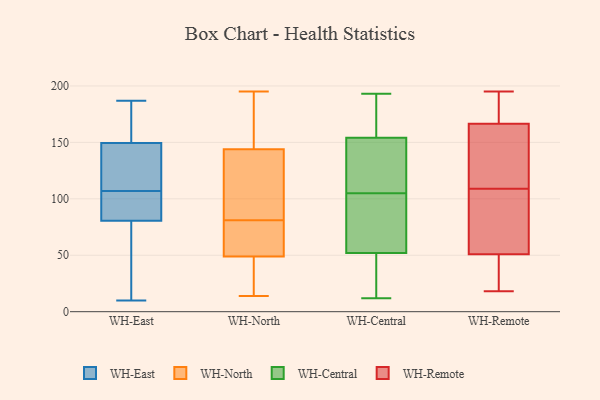
{"axis": {"x": "Gross Profit (USD K)", "y": "Value"}, "legend": ["WH-Central", "WH-East", "WH-North", "WH-Remote"], "data": [{"x": "", "y": 61, "type": "WH-East"}, {"x": "", "y": 156, "type": "WH-East"}, {"x": "", "y": 143, "type": "WH-East"}, {"x": "", "y": 171, "type": "WH-East"}, {"x": "", "y": 82, "type": "WH-East"}, {"x": "", "y": 108, "type": "WH-East"}, {"x": "", "y": 106, "type": "WH-East"}, {"x": "", "y": 187, "type": "WH-East"}, {"x": "", "y": 61, "type": "WH-East"}, {"x": "", "y": 96, "type": "WH-East"}, {"x": "", "y": 40, "type": "WH-East"}, {"x": "", "y": 79, "type": "WH-East"}, {"x": "", "y": 84, "type": "WH-East"}, {"x": "", "y": 91, "type": "WH-East"}, {"x": "", "y": 127, "type": "WH-East"}, {"x": "", "y": 10, "type": "WH-East"}, {"x": "", "y": 139, "type": "WH-East"}, {"x": "", "y": 135, "type": "WH-East"}, {"x": "", "y": 166, "type": "WH-East"}, {"x": "", "y": 156, "type": "WH-East"}, {"x": "", "y": 88, "type": "WH-North"}, {"x": "", "y": 51, "type": "WH-North"}, {"x": "", "y": 48, "type": "WH-North"}, {"x": "", "y": 17, "type": "WH-North"}, {"x": "", "y": 59, "type": "WH-North"}, {"x": "", "y": 91, "type": "WH-North"}, {"x": "", "y": 171, "type": "WH-North"}, {"x": "", "y": 124, "type": "WH-North"}, {"x": "", "y": 144, "type": "WH-North"}, {"x": "", "y": 74, "type": "WH-North"}, {"x": "", "y": 144, "type": "WH-North"}, {"x": "", "y": 14, "type": "WH-North"}, {"x": "", "y": 19, "type": "WH-North"}, {"x": "", "y": 50, "type": "WH-North"}, {"x": "", "y": 195, "type": "WH-North"}, {"x": "", "y": 182, "type": "WH-North"}, {"x": "", "y": 178, "type": "WH-Central"}, {"x": "", "y": 193, "type": "WH-Central"}, {"x": "", "y": 20, "type": "WH-Central"}, {"x": "", "y": 49, "type": "WH-Central"}, {"x": "", "y": 110, "type": "WH-Central"}, {"x": "", "y": 189, "type": "WH-Central"}, {"x": "", "y": 93, "type": "WH-Central"}, {"x": "", "y": 12, "type": "WH-Central"}, {"x": "", "y": 61, "type": "WH-Central"}, {"x": "", "y": 33, "type": "WH-Central"}, {"x": "", "y": 148, "type": "WH-Central"}, {"x": "", "y": 156, "type": "WH-Central"}, {"x": "", "y": 81, "type": "WH-Central"}, {"x": "", "y": 105, "type": "WH-Central"}, {"x": "", "y": 108, "type": "WH-Central"}, {"x": "", "y": 18, "type": "WH-Remote"}, {"x": "", "y": 144, "type": "WH-Remote"}, {"x": "", "y": 109, "type": "WH-Remote"}, {"x": "", "y": 30, "type": "WH-Remote"}, {"x": "", "y": 64, "type": "WH-Remote"}, {"x": "", "y": 195, "type": "WH-Remote"}, {"x": "", "y": 171, "type": "WH-Remote"}, {"x": "", "y": 97, "type": "WH-Remote"}, {"x": "", "y": 187, "type": "WH-Remote"}, {"x": "", "y": 165, "type": "WH-Remote"}, {"x": "", "y": 136, "type": "WH-Remote"}, {"x": "", "y": 51, "type": "WH-Remote"}, {"x": "", "y": 56, "type": "WH-Remote"}, {"x": "", "y": 21, "type": "WH-Remote"}, {"x": "", "y": 195, "type": "WH-Remote"}, {"x": "", "y": 51, "type": "WH-Remote"}, {"x": "", "y": 117, "type": "WH-Remote"}]}